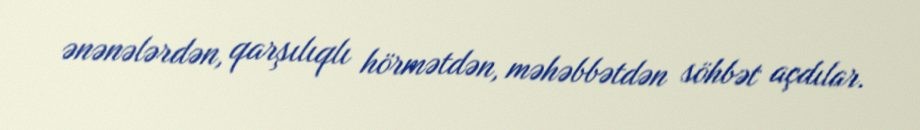
ənənələrdən, qarşılıqlı hörmətdən, məhəbbətdən söhbət açdılar.